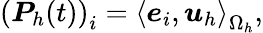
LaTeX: \left(\boldsymbol{P}_{h}(t)\right)_{i}=\left<\boldsymbol{e}_{i},\boldsymbol{u}_{h}\right>_{\Omega_{h}},